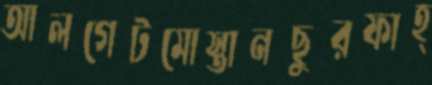
আলগেটমোস্তানছুরফাহ্